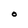
Character: O